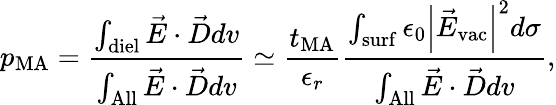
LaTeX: p_{\mathrm{MA}}=\frac{\int_{\mathrm{diel}}\vec{E}\cdot\vec{D}dv}{\int_{\mathrm{All}}\vec{E}\cdot\vec{D}dv}\simeq\frac{t_{\mathrm{MA}}}{\epsilon_{r}}\frac{\int_{\mathrm{surf}}\epsilon_{0}\left|\vec{E}_{\mathrm{vac}}\right|^{2}d\sigma}{\int_{\mathrm{All}}\vec{E}\cdot\vec{D}dv},